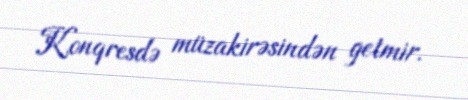
Konqresdə müzakirəsindən getmir.